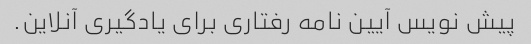
پیش نویس آیین نامه رفتاری برای یادگیری آنلاین.